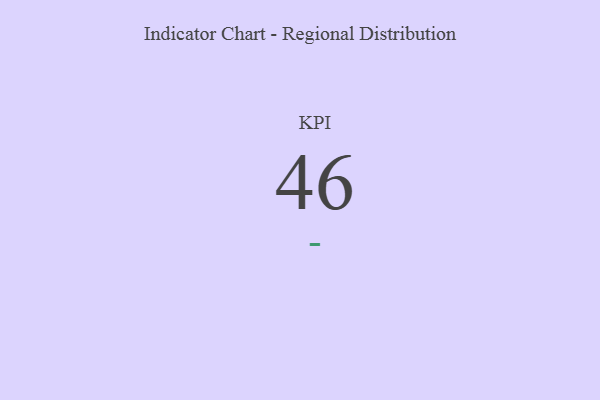
{"axis": {"x": "KPI", "y": "Value"}, "legend": [""], "data": [{"x": "KPI", "y": 46, "type": ""}]}